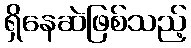
ရှိနေဆဲဖြစ်သည့်